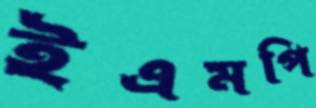
ইএমপি